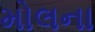
મોલના